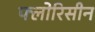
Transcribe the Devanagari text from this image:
फ्लोरिसीन